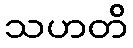
သဟတိ